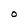
Character: O